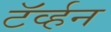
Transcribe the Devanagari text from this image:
टॅर्व्हन